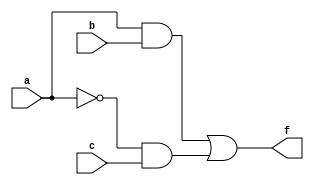
module comb_logic_block (
    input wire a,  // Input variable a
    input wire b,  // Input variable b
    input wire c,  // Input variable c
    output wire f  // Output of the combinational logic block
);

// Implementing the minimized logic expression
// Assume the minimized expression after applying algebraic minimization and K-map is:
// f = (a AND b) OR (NOT a AND c)

// Logic Implementation
assign f = (a & b) | (~a & c);

endmodule